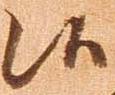
候